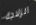
الزلاجة